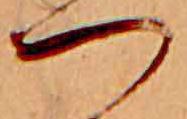
つ